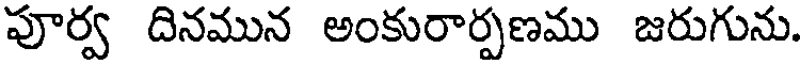
పూర్వ దినమున అంకురార్పణము జరుగును.